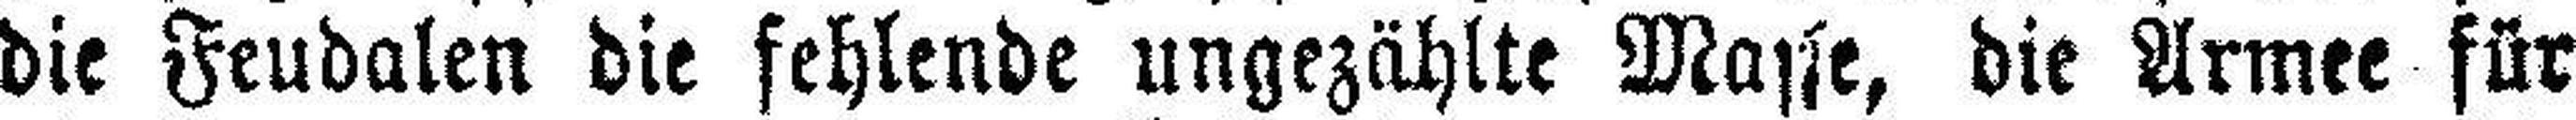
die Feudalen die fehlende ungezählte Masse, die Armee für